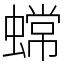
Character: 蟐